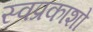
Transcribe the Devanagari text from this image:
स्वप्रकाशो